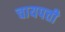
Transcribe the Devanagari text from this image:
चायपत्ती